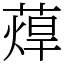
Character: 蔊